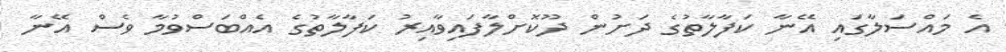
އެ މައްސަލާގައި އޭނާ ކަފާލާތުގެ ދަށުން ދޫކޮށްލާފައިވާއިރު ކަފާލާތުގެ އެއްބަސްވުމާ ވެސް އޭނާ